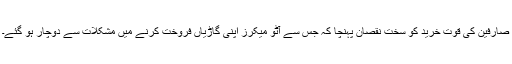
صارفین کی قوتِ خرید کو سخت نقصان پہنچا کہ جس سے آٹو میکرز اپنی گاڑیاں فروخت کرنے میں مشکلات سے دوچار ہو گئے۔